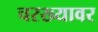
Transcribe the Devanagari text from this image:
चरख्यावर